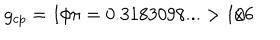
LaTeX: g _ { c p } = 1 / \pi = 0 . 3 1 8 3 0 9 8 . . . > 1 / 6